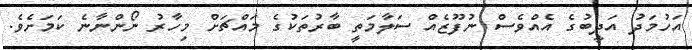
އަހުމަދު އަދީބުގެ އެއްވެސް ނުފޫޒެއް ސަލާމަތީ ބާރުތަކުގެ މައްޗަށް މިހާރު ނޯންނާނެ ކަަމަށެވެ.